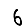
Digit: 6